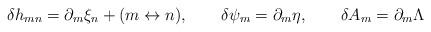
LaTeX: \begin{align*}\delta h_{mn}=\partial_m\xi_n+(m\leftrightarrow n), \qquad \delta \psi_m=\partial_m\eta,\qquad \delta A_m= \partial_m \Lambda\end{align*}